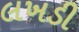
લખડી